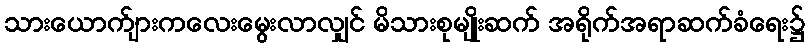
သားယောက်ျားကလေးမွေးလာလျှင် မိသားစုမျိုးဆက် အရိုက်အရာဆက်ခံရေး၌